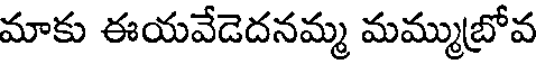
మాకు ఈయవేడెదనమ్మ మమ్ముబ్రోవ